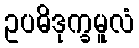
ဥပဓိဒုက္ခမူလံ